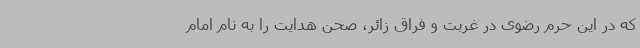
که در این حرم رضوی در غربت و فراق زائر، صحن هدایت را به نام امام‌